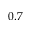
0 . 7